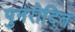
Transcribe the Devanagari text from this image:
पुनरोदित